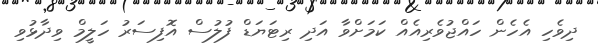
ދިވެހި އެހެން ހައްޖުވެރިއެއް ކަމަށްވާ އަދި ރިޓަޔަޑް ފުލުސް އޮފިސަރު ހަލީމް ވިދާޅުވި